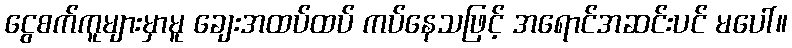
ငွေစက်ကူများမှာမူ ချေးအထပ်ထပ် ကပ်နေသဖြင့် အရောင်အဆင်းပင် မပေါ်။